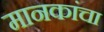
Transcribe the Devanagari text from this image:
मानकांचा